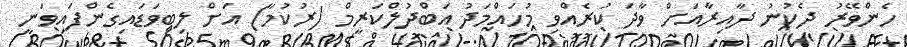
ހެންވޭރު ދެކުނު ދާއިރާއަށް ވާދަ ކުރެއްވި މުހައްމަދު އަބްދުލްކަރީމް (ރުކުމާ) އަށް ލިބިވަޑައިގެންފައިވަނީ